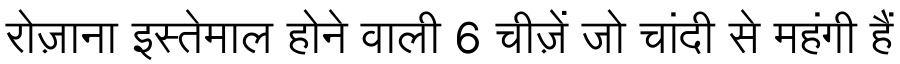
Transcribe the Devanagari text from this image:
रोज़ाना इस्तेमाल होने वाली 6 चीज़ें जो चांदी से महंगी हैं